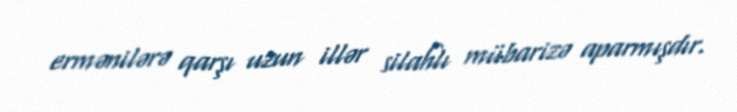
ermənilərə qarşı uzun illər silahlı mübarizə aparmışdır.